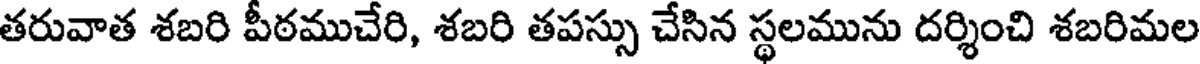
తరువాత శబరి పీఠముచేరి, శబరి తపస్సు చేసిన స్థలమును దర్శించి శబరిమల